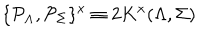
LaTeX: \{ { \cal P } _ { \Lambda } , { \cal P } _ { \Sigma } \} ^ { x } \equiv 2 K ^ { x } ( \Lambda , \Sigma )